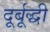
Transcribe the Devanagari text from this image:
दूर्बूद्धी